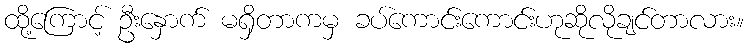
ထို့ကြောင့် ဦးနှောက် မရှိတာကမှ ခပ်ကောင်းကောင်းဟုဆိုလိုချင်တာလား။